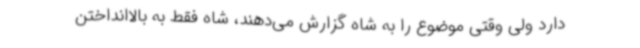
دارد ولی وقتی موضوع را به شاه گزارش می‌دهند، شاه فقط به بالاانداختن